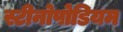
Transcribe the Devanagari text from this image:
स्टीनोपोडियम